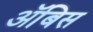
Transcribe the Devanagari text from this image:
ॲबिस